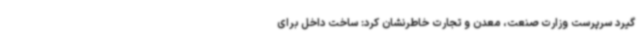
گیرد سرپرست وزارت صنعت، معدن و تجارت خاطرنشان کرد: ساخت داخل برای